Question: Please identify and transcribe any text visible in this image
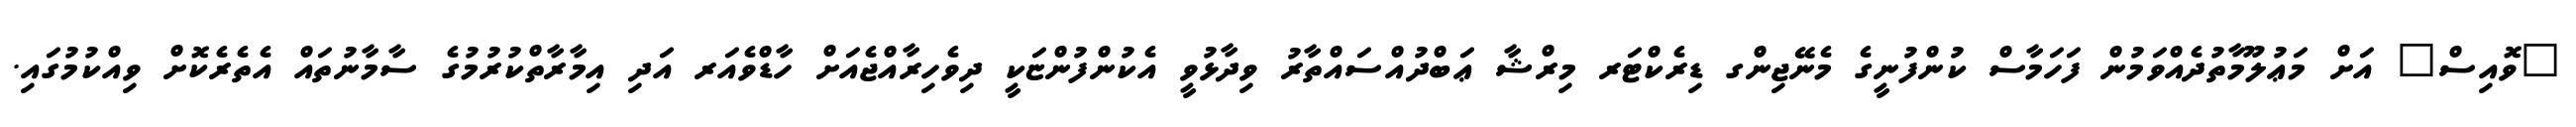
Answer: "ވޮއިސް" އަށް މަޢުލޫމާތުދެއްވަމުން ފަހަމާސް ކުންފުނީގެ މެނޭޖިންގ ޑިރެކްޓަރ މިރްޝާ ޢަބްދުއްސައްތާރު ވިދާޅުވީ އެކުންފުންޏަކީ ދިވެހިރާއްޖެއަށް ހާޑްވެއަރ އަދި އިމާރާތްކުރުމުގެ ސާމާނުތައް އެތެރެކޮށް ވިއްކުމުގައި.